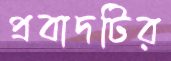
প্রবাদটির